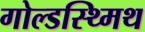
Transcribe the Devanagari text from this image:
गोल्डस्थ्मिथ